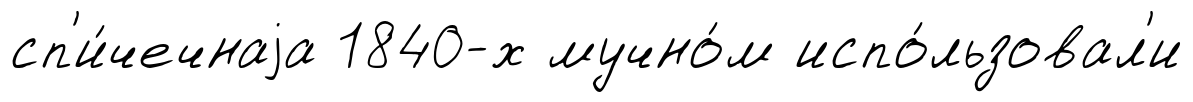
сп'и́чечнаjа 1840-х мучно́м испо́льзовал'и